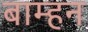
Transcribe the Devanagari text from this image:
बाम्हन